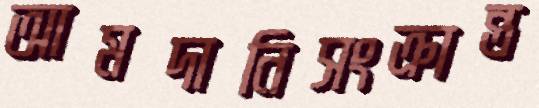
আমদানিসংক্রান্ত